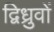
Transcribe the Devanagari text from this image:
द्विध्रुवों